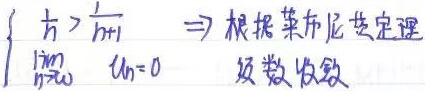
\(\left\{\begin{array}{l}\frac{1}{n}>\frac{1}{n + 1}\\ \lim_{n\rightarrow\infty}u_{n}=0\end{array}\right.\)
根据莱布尼茨定理，级数收敛